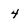
Character: 4